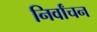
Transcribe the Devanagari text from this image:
निर्वांचन